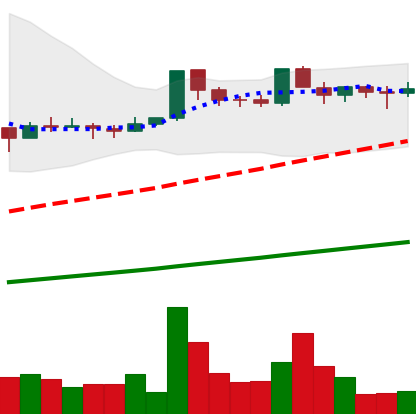
Ticker: DOGE-USD
Chart end date: 2021-03-19
Forward return: -11.36%
Label: down_7plus